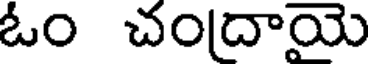
ఓం చందాయె